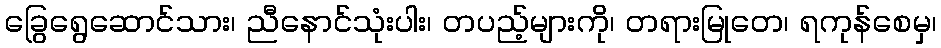
ခြွေရွေဆောင်သား၊ ညီနောင်သုံးပါး၊ တပည့်များကို၊ တရားမြုတေ၊ ရကုန်စေမှ၊